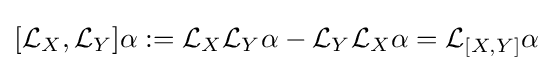
[{\mathcal {L}}_{X},{\mathcal {L}}_{Y}]\alpha :={\mathcal {L}}_{X}{\mathcal {L}}_{Y}\alpha -{\mathcal {L}}_{Y}{\mathcal {L}}_{X}\alpha ={\mathcal {L}}_{[X,Y]}\alpha